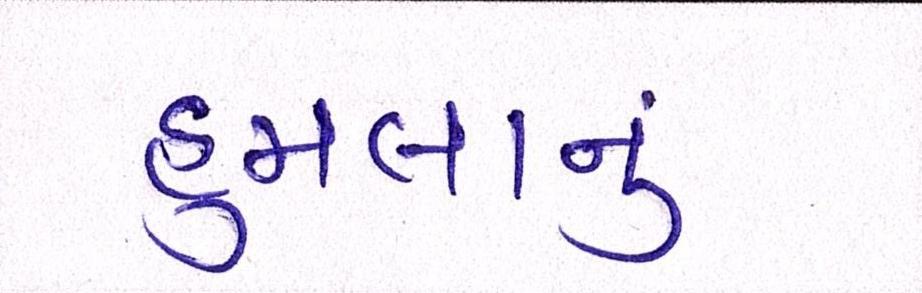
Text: હુમલાનું